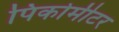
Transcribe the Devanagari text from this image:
पिकोमीटर